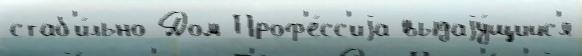
стаб'и́льно Дом Проф'е́сс'иjа выдаjу́щийс'я